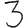
Digit: 3